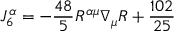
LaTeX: J _ { 6 } ^ { \alpha } = - \frac { 4 8 } { 5 } R ^ { \alpha \mu } \nabla _ { \mu } R + { \frac { 1 0 2 } { 2 5 } }